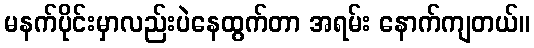
မနက်ပိုင်းမှာလည်းပဲနေထွက်တာ အရမ်း နောက်ကျတယ်။